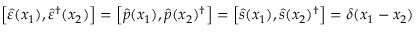
\left[ \hat { \varepsilon } ( x _ { 1 } ) , \hat { \varepsilon } ^ { \dagger } ( x _ { 2 } ) \right] = \left[ \hat { p } ( x _ { 1 } ) , \hat { p } ( x _ { 2 } ) ^ { \dagger } \right] = \left[ \hat { s } ( x _ { 1 } ) , \hat { s } ( x _ { 2 } ) ^ { \dagger } \right] = \delta ( x _ { 1 } - x _ { 2 } )